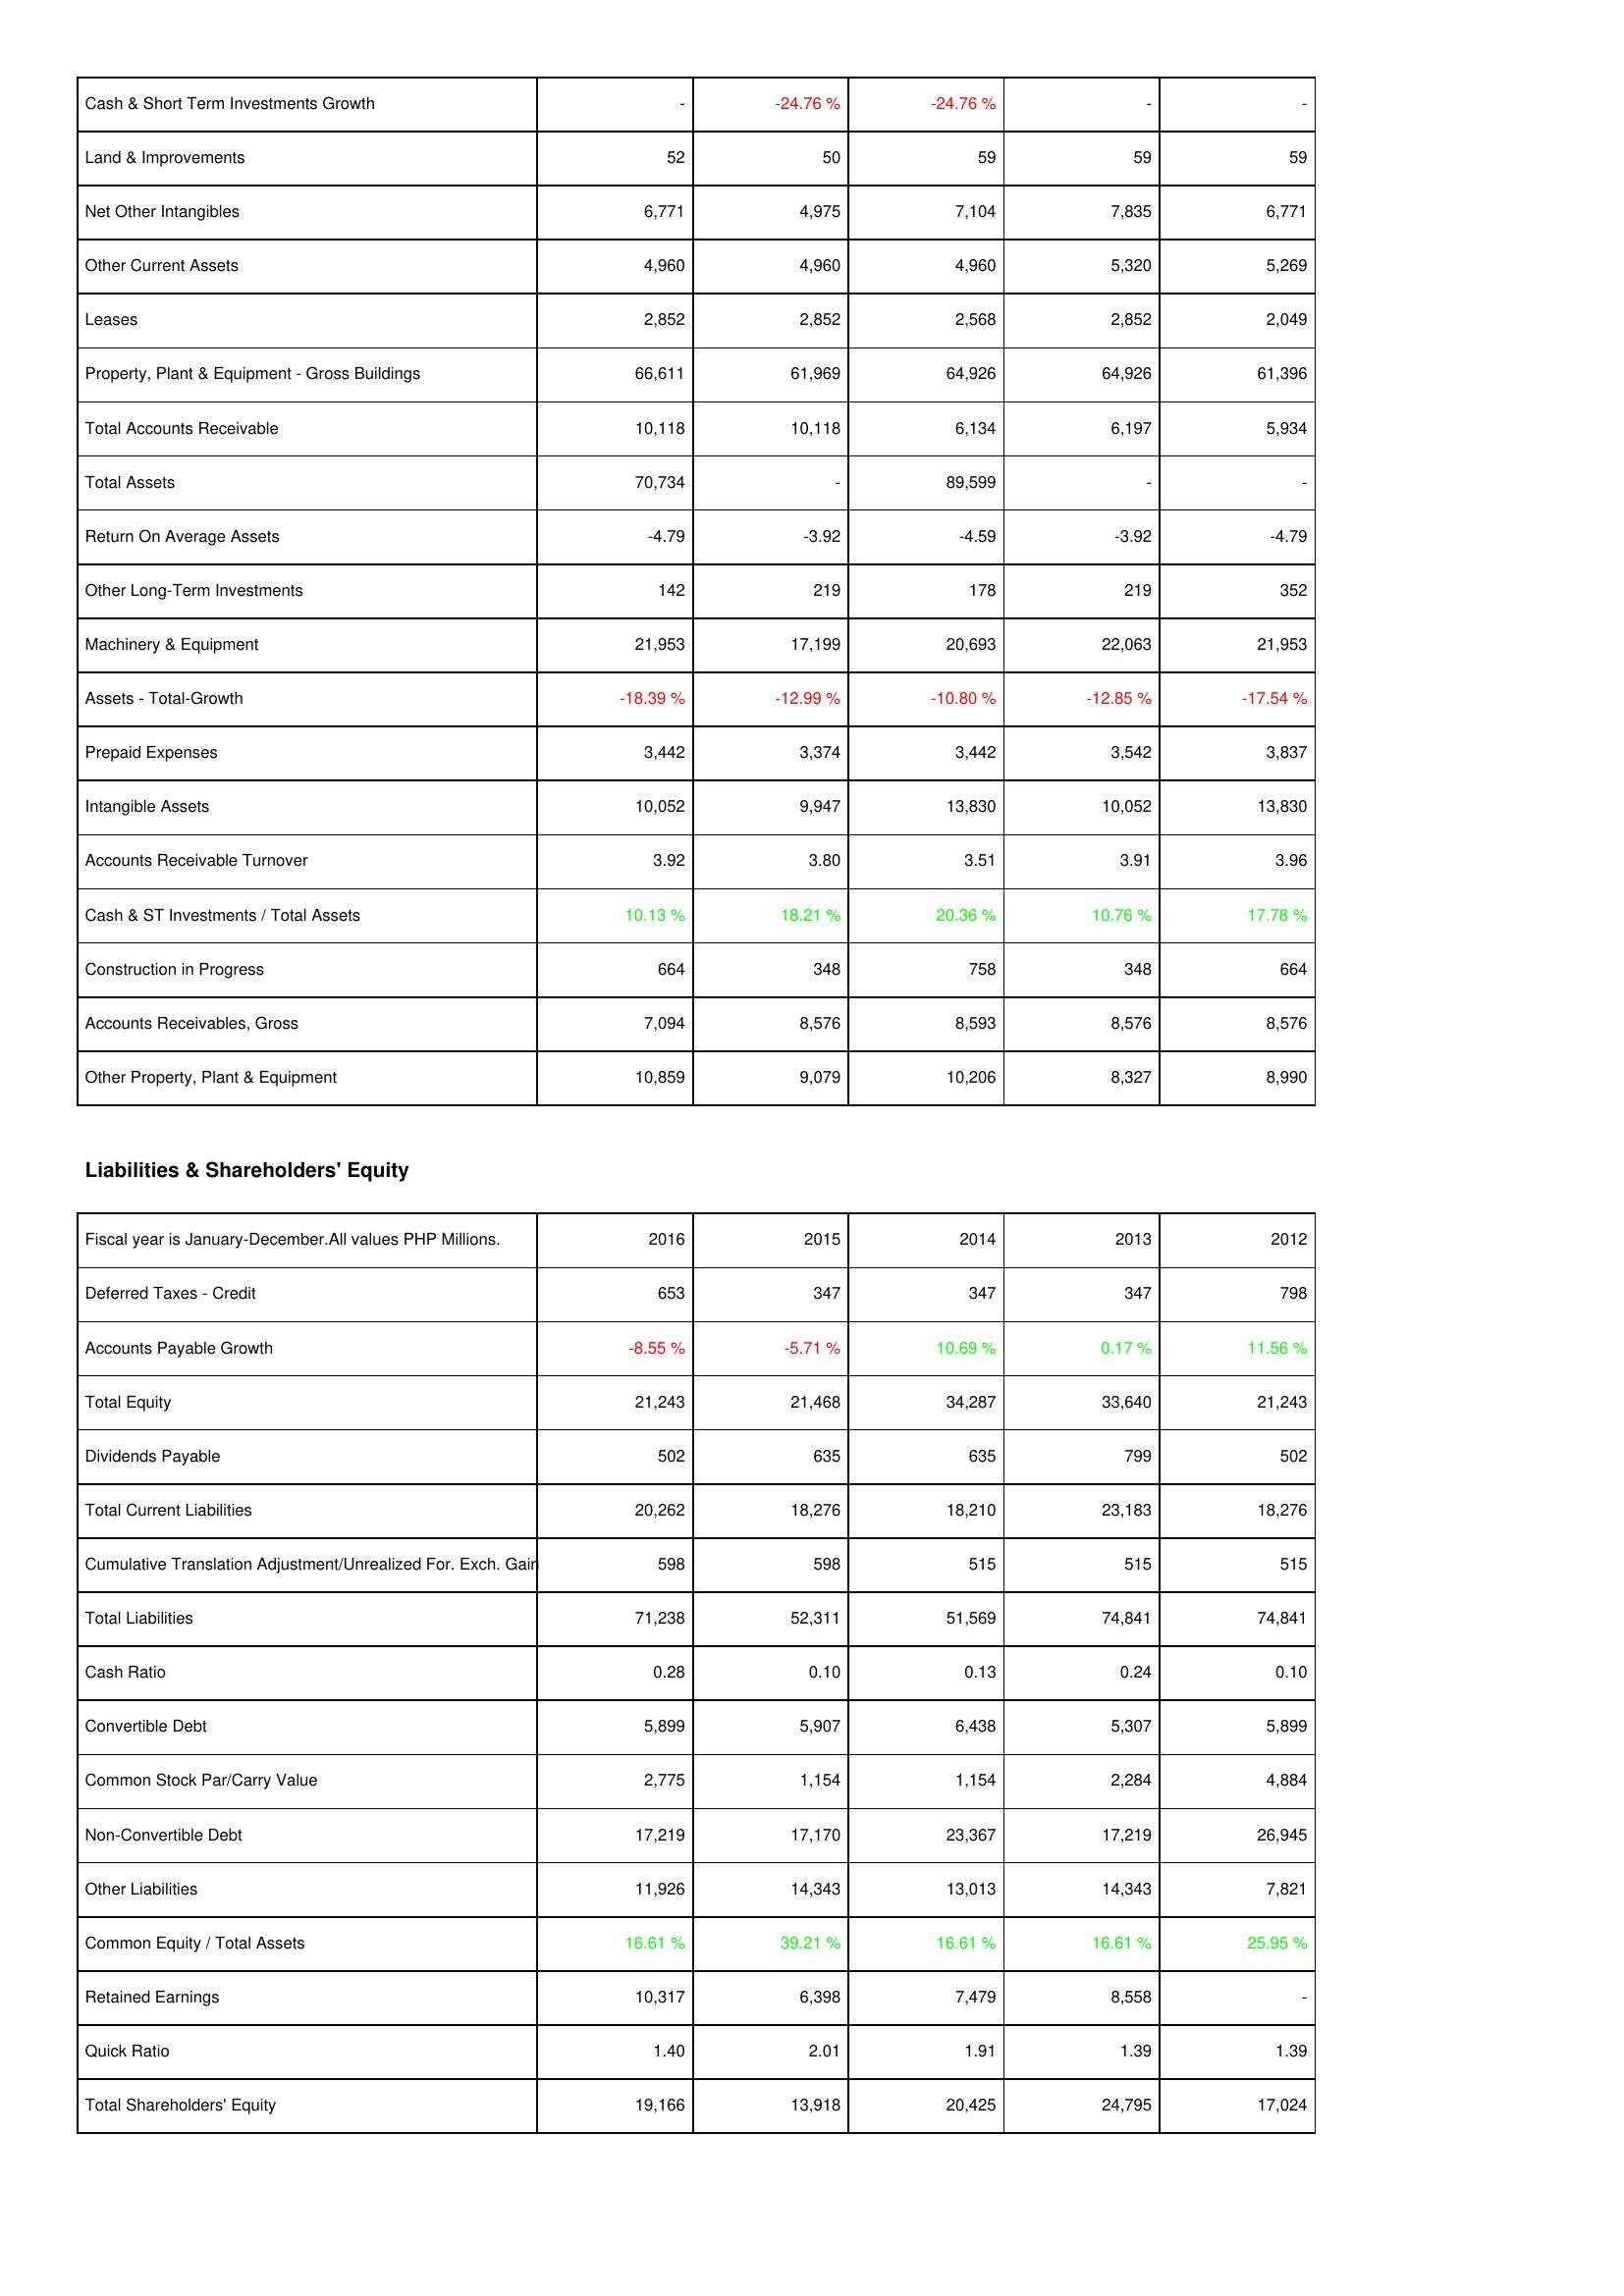
2016: Assets: Cash & Short Term Investments Growth: -
Land & Improvements: 52
Net Other Intangibles: 6,771
Other Current Assets: 4,960
Leases: 2,852
Property, Plant & Equipment - Gross Buildings: 66,611
Total Accounts Receivable: 10,118
Total Assets: 70,734
Return On Average Assets: -4.79
Other Long-Term Investments: 142
Machinery & Equipment: 21,953
Assets - Total-Growth: -18.39 %
Prepaid Expenses: 3,442
Intangible Assets: 10,052
Accounts Receivable Turnover: 3.92
Cash & ST Investments / Total Assets: 10.13 %
Construction in Progress: 664
Accounts Receivables, Gross: 7,094
Other Property, Plant & Equipment: 10,859
Liabilities & Shareholders' Equity: Deferred Taxes - Credit: 653
Accounts Payable Growth: -8.55 %
Total Equity: 21,243
Dividends Payable: 502
Total Current Liabilities: 20,262
Cumulative Translation Adjustment/Unrealized For. Exch. Gain: 598
Total Liabilities: 71,238
Cash Ratio: 0.28
Convertible Debt: 5,899
Common Stock Par/Carry Value: 2,775
Non-Convertible Debt: 17,219
Other Liabilities: 11,926
Common Equity / Total Assets: 16.61 %
Retained Earnings: 10,317
Quick Ratio: 1.40
Total Shareholders' Equity: 19,166
2015: Assets: Cash & Short Term Investments Growth: -24.76 %
Land & Improvements: 50
Net Other Intangibles: 4,975
Other Current Assets: 4,960
Leases: 2,852
Property, Plant & Equipment - Gross Buildings: 61,969
Total Accounts Receivable: 10,118
Total Assets: -
Return On Average Assets: -3.92
Other Long-Term Investments: 219
Machinery & Equipment: 17,199
Assets - Total-Growth: -12.99 %
Prepaid Expenses: 3,374
Intangible Assets: 9,947
Accounts Receivable Turnover: 3.80
Cash & ST Investments / Total Assets: 18.21 %
Construction in Progress: 348
Accounts Receivables, Gross: 8,576
Other Property, Plant & Equipment: 9,079
Liabilities & Shareholders' Equity: Deferred Taxes - Credit: 347
Accounts Payable Growth: -5.71 %
Total Equity: 21,468
Dividends Payable: 635
Total Current Liabilities: 18,276
Cumulative Translation Adjustment/Unrealized For. Exch. Gain: 598
Total Liabilities: 52,311
Cash Ratio: 0.10
Convertible Debt: 5,907
Common Stock Par/Carry Value: 1,154
Non-Convertible Debt: 17,170
Other Liabilities: 14,343
Common Equity / Total Assets: 39.21 %
Retained Earnings: 6,398
Quick Ratio: 2.01
Total Shareholders' Equity: 13,918
2014: Assets: Cash & Short Term Investments Growth: -24.76 %
Land & Improvements: 59
Net Other Intangibles: 7,104
Other Current Assets: 4,960
Leases: 2,568
Property, Plant & Equipment - Gross Buildings: 64,926
Total Accounts Receivable: 6,134
Total Assets: 89,599
Return On Average Assets: -4.59
Other Long-Term Investments: 178
Machinery & Equipment: 20,693
Assets - Total-Growth: -10.80 %
Prepaid Expenses: 3,442
Intangible Assets: 13,830
Accounts Receivable Turnover: 3.51
Cash & ST Investments / Total Assets: 20.36 %
Construction in Progress: 758
Accounts Receivables, Gross: 8,593
Other Property, Plant & Equipment: 10,206
Liabilities & Shareholders' Equity: Deferred Taxes - Credit: 347
Accounts Payable Growth: 10.69 %
Total Equity: 34,287
Dividends Payable: 635
Total Current Liabilities: 18,210
Cumulative Translation Adjustment/Unrealized For. Exch. Gain: 515
Total Liabilities: 51,569
Cash Ratio: 0.13
Convertible Debt: 6,438
Common Stock Par/Carry Value: 1,154
Non-Convertible Debt: 23,367
Other Liabilities: 13,013
Common Equity / Total Assets: 16.61 %
Retained Earnings: 7,479
Quick Ratio: 1.91
Total Shareholders' Equity: 20,425
2013: Assets: Cash & Short Term Investments Growth: -
Land & Improvements: 59
Net Other Intangibles: 7,835
Other Current Assets: 5,320
Leases: 2,852
Property, Plant & Equipment - Gross Buildings: 64,926
Total Accounts Receivable: 6,197
Total Assets: -
Return On Average Assets: -3.92
Other Long-Term Investments: 219
Machinery & Equipment: 22,063
Assets - Total-Growth: -12.85 %
Prepaid Expenses: 3,542
Intangible Assets: 10,052
Accounts Receivable Turnover: 3.91
Cash & ST Investments / Total Assets: 10.76 %
Construction in Progress: 348
Accounts Receivables, Gross: 8,576
Other Property, Plant & Equipment: 8,327
Liabilities & Shareholders' Equity: Deferred Taxes - Credit: 347
Accounts Payable Growth: 0.17 %
Total Equity: 33,640
Dividends Payable: 799
Total Current Liabilities: 23,183
Cumulative Translation Adjustment/Unrealized For. Exch. Gain: 515
Total Liabilities: 74,841
Cash Ratio: 0.24
Convertible Debt: 5,307
Common Stock Par/Carry Value: 2,284
Non-Convertible Debt: 17,219
Other Liabilities: 14,343
Common Equity / Total Assets: 16.61 %
Retained Earnings: 8,558
Quick Ratio: 1.39
Total Shareholders' Equity: 24,795
2012: Assets: Cash & Short Term Investments Growth: -
Land & Improvements: 59
Net Other Intangibles: 6,771
Other Current Assets: 5,269
Leases: 2,049
Property, Plant & Equipment - Gross Buildings: 61,396
Total Accounts Receivable: 5,934
Total Assets: -
Return On Average Assets: -4.79
Other Long-Term Investments: 352
Machinery & Equipment: 21,953
Assets - Total-Growth: -17.54 %
Prepaid Expenses: 3,837
Intangible Assets: 13,830
Accounts Receivable Turnover: 3.96
Cash & ST Investments / Total Assets: 17.78 %
Construction in Progress: 664
Accounts Receivables, Gross: 8,576
Other Property, Plant & Equipment: 8,990
Liabilities & Shareholders' Equity: Deferred Taxes - Credit: 798
Accounts Payable Growth: 11.56 %
Total Equity: 21,243
Dividends Payable: 502
Total Current Liabilities: 18,276
Cumulative Translation Adjustment/Unrealized For. Exch. Gain: 515
Total Liabilities: 74,841
Cash Ratio: 0.10
Convertible Debt: 5,899
Common Stock Par/Carry Value: 4,884
Non-Convertible Debt: 26,945
Other Liabilities: 7,821
Common Equity / Total Assets: 25.95 %
Retained Earnings: -
Quick Ratio: 1.39
Total Shareholders' Equity: 17,024